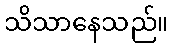
သိသာနေသည်။